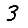
Digit: 3